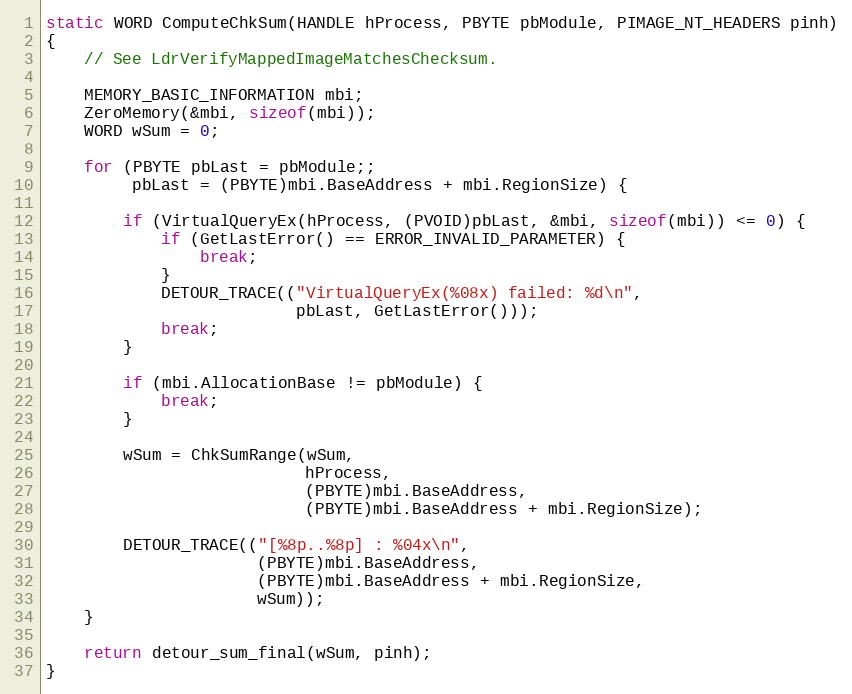
Language: C++
static WORD ComputeChkSum(HANDLE hProcess, PBYTE pbModule, PIMAGE_NT_HEADERS pinh)
{
    // See LdrVerifyMappedImageMatchesChecksum.

    MEMORY_BASIC_INFORMATION mbi;
    ZeroMemory(&mbi, sizeof(mbi));
    WORD wSum = 0;

    for (PBYTE pbLast = pbModule;;
         pbLast = (PBYTE)mbi.BaseAddress + mbi.RegionSize) {

        if (VirtualQueryEx(hProcess, (PVOID)pbLast, &mbi, sizeof(mbi)) <= 0) {
            if (GetLastError() == ERROR_INVALID_PARAMETER) {
                break;
            }
            DETOUR_TRACE(("VirtualQueryEx(%08x) failed: %d\n",
                          pbLast, GetLastError()));
            break;
        }

        if (mbi.AllocationBase != pbModule) {
            break;
        }

        wSum = ChkSumRange(wSum,
                           hProcess,
                           (PBYTE)mbi.BaseAddress,
                           (PBYTE)mbi.BaseAddress + mbi.RegionSize);

        DETOUR_TRACE(("[%8p..%8p] : %04x\n",
                      (PBYTE)mbi.BaseAddress,
                      (PBYTE)mbi.BaseAddress + mbi.RegionSize,
                      wSum));
    }

    return detour_sum_final(wSum, pinh);
}